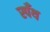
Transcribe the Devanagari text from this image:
स्पँथ